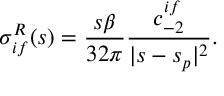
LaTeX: \sigma _ { i f } ^ { R } ( s ) = \frac { s \beta } { 3 2 \pi } \frac { c _ { - 2 } ^ { i f } } { \vert s - s _ { p } \vert ^ { 2 } } .